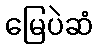
မြေပဲဆံ